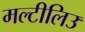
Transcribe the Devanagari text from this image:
मल्टीलिउ